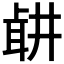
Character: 𦕡